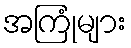
အကြုံများ